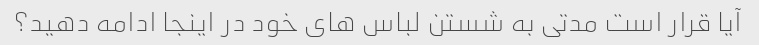
آیا قرار است مدتی به شستن لباس های خود در اینجا ادامه دهید؟